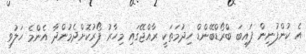
އެ ކުންފުނިން ފައިބަ ބްރޯޑްބޭންޑް ހިދުމަތަކީ ރާއްޖޭގައި މިހާރު ފޯރުކޮށްދެމުންދާ އެންމެ ހަލުވި